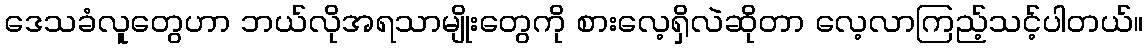
ဒေသခံလူတွေဟာ ဘယ်လိုအရသာမျိုးတွေကို စားလေ့ရှိလဲဆိုတာ လေ့လာကြည့်သင့်ပါတယ်။